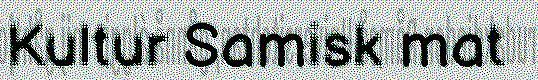
Kultur Samisk mat